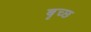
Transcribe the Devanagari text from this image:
बृच्‍छ